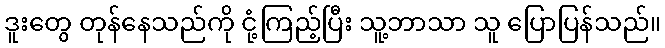
ဒူးတွေ တုန်နေသည်ကို ငုံ့ကြည့်ပြီး သူ့ဘာသာ သူ ပြောပြန်သည်။